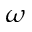
\omega